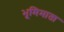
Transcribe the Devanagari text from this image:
भूमिमाता